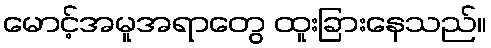
မောင့်အမူအရာတွေ ထူးခြားနေသည်။